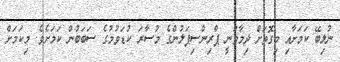
ނުލިބޭ ކަމަށާއި މިގޮތަށް ދިމާވަނީ ޕްރިންސިޕަލުންގެ މުސާރަ ކުޑަވުމުގެ ސަބަބުން ކަމަށެވެ. މިކަމަށް